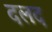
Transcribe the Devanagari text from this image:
दलद